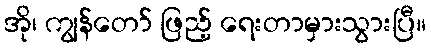
အို၊ ကျွန်တော် ဖြည့် ရေးတာမှားသွားပြီ။